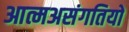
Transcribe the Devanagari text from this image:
आत्मअसंगतियों